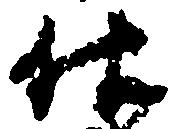
仕